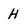
Character: H